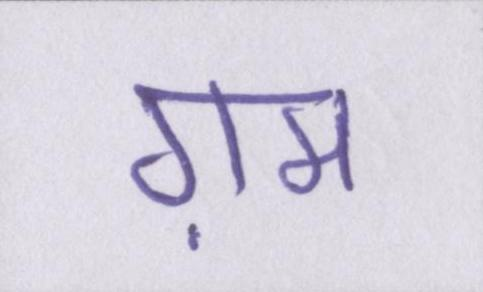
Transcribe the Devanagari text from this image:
ग़म